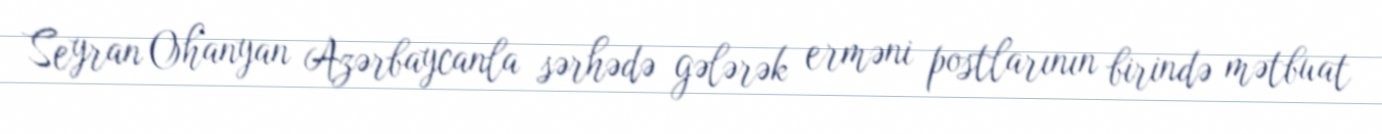
Seyran Ohanyan Azərbaycanla sərhədə gələrək erməni postlarının birində mətbuat